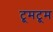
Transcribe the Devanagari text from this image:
टूमटूम